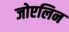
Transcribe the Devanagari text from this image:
जोएलिन